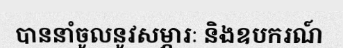
បាននាំចូលនូវសម្ភារៈ និងឧបករណ៍